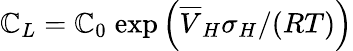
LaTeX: \mathbb{C}_{L}=\mathbb{C}_{0}\; \mathrm{{exp}}\left(\overline{{{V}}}_{H}\sigma_{H}/(RT)\right)